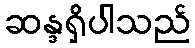
ဆန္ဒရှိပါသည်